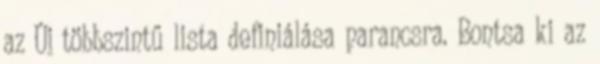
az Új többszintű lista definiálása parancsra. Bontsa ki az